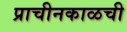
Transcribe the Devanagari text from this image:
प्राचीनकाळची